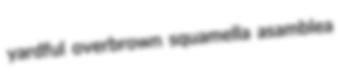
yardful overbrown squamella asamblea